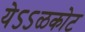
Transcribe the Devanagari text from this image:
येऽऽळकोट